Calcutta medical institutions reports 1871-78
Year: 1871
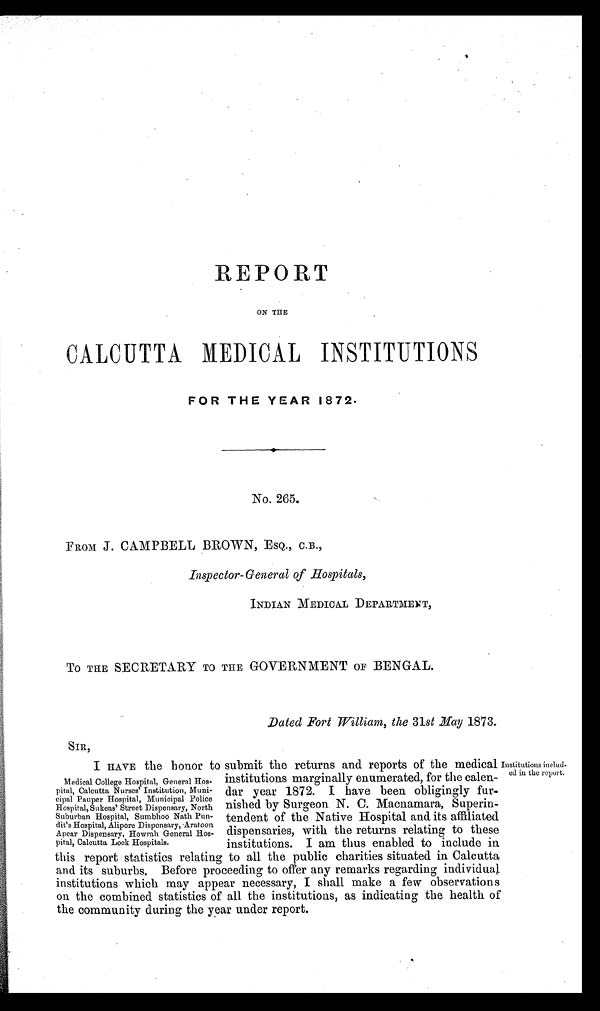
REPORT
ON THE
CALCUTTA MEDICAL INSTITUTIONS
FOR THE YEAR 1872.
No. 265.
FROM J. CAMPBELL BROWN, ESQ., C.B.,
Inspector-General of Hospitals,
INDIAN MEDICAL DEPARTMENT,
TO THE SECRETARY TO THE GOVERNMENT OF BENGAL.
Dated Fort William, the 31st May 1873.
SIR,
I HAVE the honor to submit the returns and reports of the medical Institutions includ-
ed in the report.
Medical College Hospital, General Hos-
pital, Calcutta Nurses' Institution, Muni-
cipal Pauper Hospital, Municipal Police
Hospital, Sukeas' Street Dispensary, North
Suburban Hospital, Sumbhoo Nath Pun-
dit's Hospital, Alipore Dispensary, Aratoon
Apcar Dispensary, Howrah General Hos-
pital, Calcutta Lock Hospitals.
institutions marginally enumerated, for the calen-
dar year 1872. I have been obligingly fur-
nished by Surgeon N. C. Macnamara, Superin-
tendent of the Native Hospital and its affiliated
dispensaries, with the returns relating to these
institutions. I am thus enabled to include in
this report statistics relating to all the public charities situated in Calcutta
and its suburbs. Before proceeding to offer any remarks regarding individual
institutions which may appear necessary, I shall make a few observations
on the combined statistics of all the institutions, as indicating the health of
the community during the year under report.